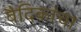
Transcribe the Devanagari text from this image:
वैदिकांचा